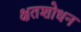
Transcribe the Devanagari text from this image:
क्षतशोधन